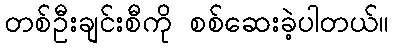
တစ်ဦးချင်းစီကို စစ်ဆေးခဲ့ပါတယ်။